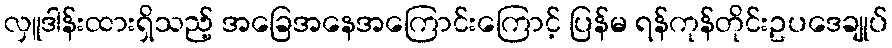
လှူဒါန်းထားရှိသည့် အခြေအနေအကြောင်းကြောင့် ပြန်မ ရန်ကုန်တိုင်းဥပဒေချုပ်